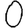
Digit: 0